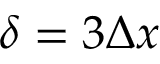
\delta = 3 \Delta x